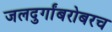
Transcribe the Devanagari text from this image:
जलदुर्गांबरोबरच